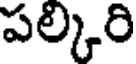
పల్కిరి